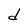
Character: d